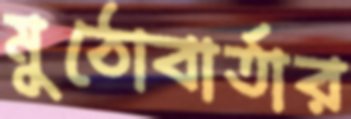
মুঠোবার্তার